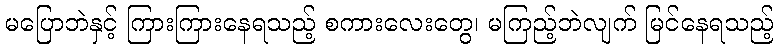
မပြောဘဲနှင့် ကြားကြားနေရသည့် စကားလေးတွေ၊ မကြည့်ဘဲလျက် မြင်နေရသည့်